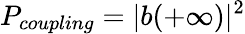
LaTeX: P_{coupling}=|b(+\infty)|^{2}